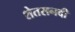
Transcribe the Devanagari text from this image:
शेतसनदी